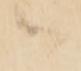
御